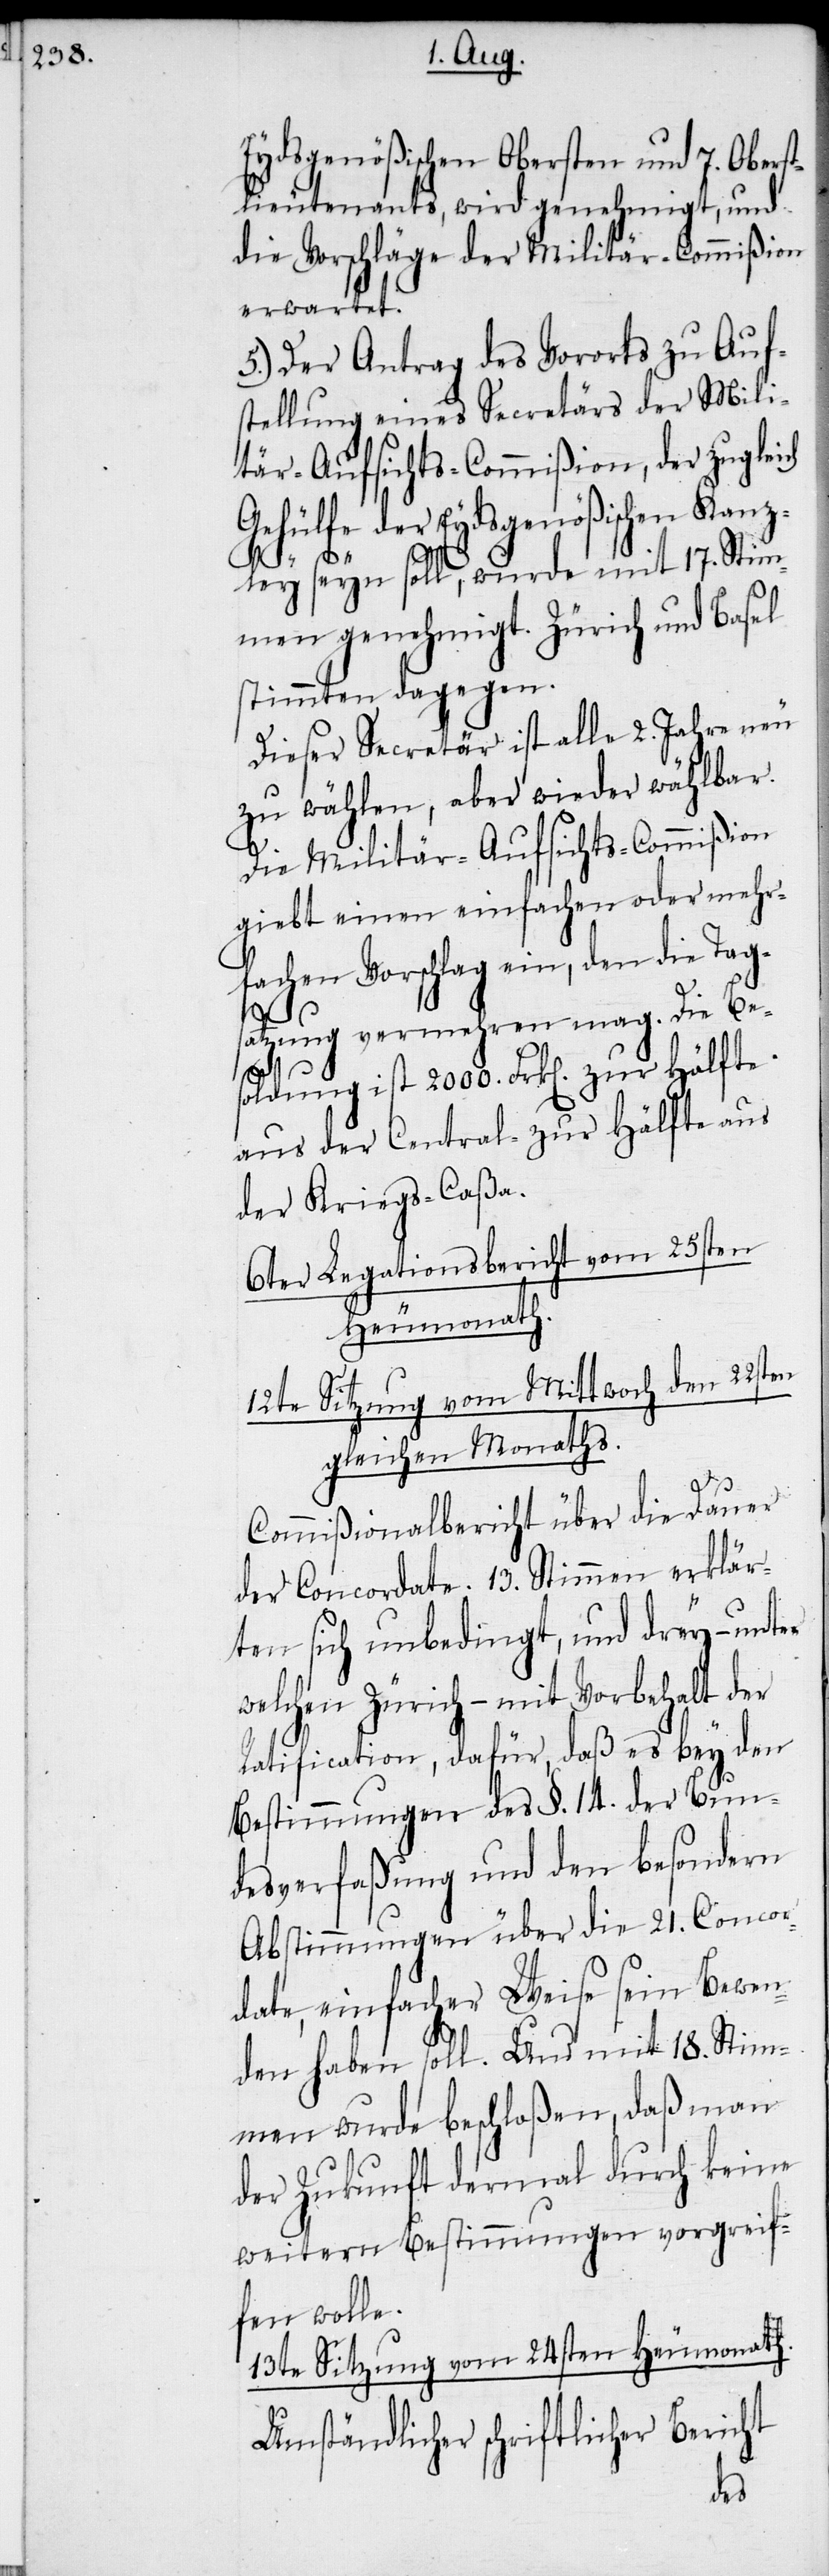
Eydsgenößischen Obersten und 7. Oberst¬
lieutenants, wird genehmigt, und
die Vorschläge der Militär-Commißion
erwartet.
5.) Der Antrag des Vororts zu Auf¬
stellung eines Secretärs der Mili¬
tär-Aufsichts-Commißion, der zugleich
Gehülfe der Eydsgenößischen Kanz¬
ericht
ley seyn soll, wurde mit 17. Stim¬
men genehmigt. Zürich und Basel
stimmten dagegen.
Dieser Secretär ist alle 2. Jahre neu
zu wählen, aber wieder wählbar.
Die Militär-Aufsichts-Commißion
giebt einen einfachen oder mehr¬
fachen Vorschlag ein, den die Tags¬
atzung vermehren mag. Die Be¬
soldung ist 2000. Frk[en]. zur Hälfte
aus der Central- zur Hälfte aus
der Kriegs-Caßa.
6ter Legationsbericht vom 25sten
Heumonath.
12te Sitzung vom Mittwoch den 22sten
gleichen Monaths.
Commißionalbericht über die Dauer
der Concordate. 13. Stimmen erklär¬
ten sich unbedingt, und drey – unter
welchen Zürich – mit Vorbehalt der
Ratification, dafür, daß es bey den
Bestimmungen des §. 14. der Bun¬
desverfaßung und den besondern
Abstimmungen über die 21. Conco¬
rdate, einfacher Weise sein Bewen¬
den haben soll. Und mit 18. Stim¬
men wurde beschloßen, daß man
der Zukunft dermal durch keine
weitern Bestimmungen vorgreif¬
fen wolle.
13te Sitzung vom 24sten Heumonath.
Umständlicher schriftlicher B¬